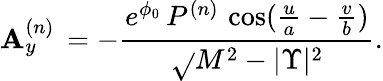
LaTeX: \mathbf{A}_{y}^{(n)}\, =-{\frac{{{e^{\phi_{0}}}\, P^{(n)}\, \cos({\frac{{u}}{{a}}}-{\frac{{v}}{{b}}})}}{{{\sqrt{}{{{M^{2}}-{|\Upsilon|^{2}}}}}}}}.